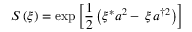
S \left( \xi \right) = \exp \left[ \frac { 1 } { 2 } \left( \xi ^ { * } a ^ { 2 } - \, \xi \, a ^ { \dagger 2 } \right) \right]